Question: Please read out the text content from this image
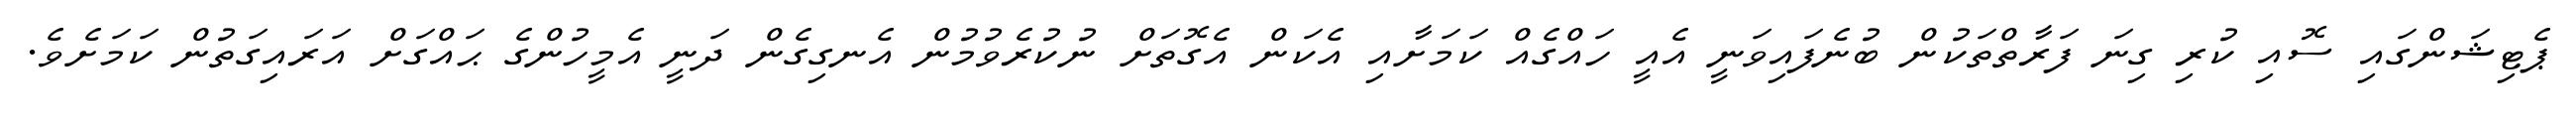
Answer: ޕެޓިޝަންގައި ސޮއި ކުރި ގިނަ ފަރާތްތަކުން ބުނެފައިވަނީ އެއީ ހައްގެއް ކަމަށާއި އެކަން އެގޮތަށް ނުކުރެވުމުން އެނގިގެން ދަނީ އެމީހުންގެ ޙައްގަށް އަރައިގަތުން ކަމަށެވެ.